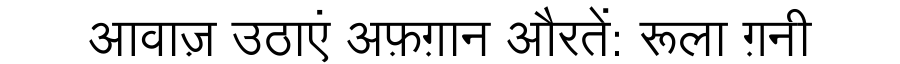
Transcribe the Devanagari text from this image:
आवाज़ उठाएं अफ़ग़ान औरतें: रूला ग़नी